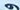
و